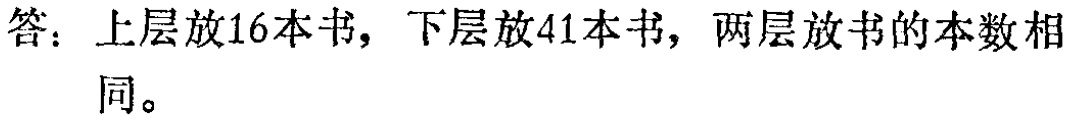
答：上层放16本书，下层放41本书，两层放书的本数相同。